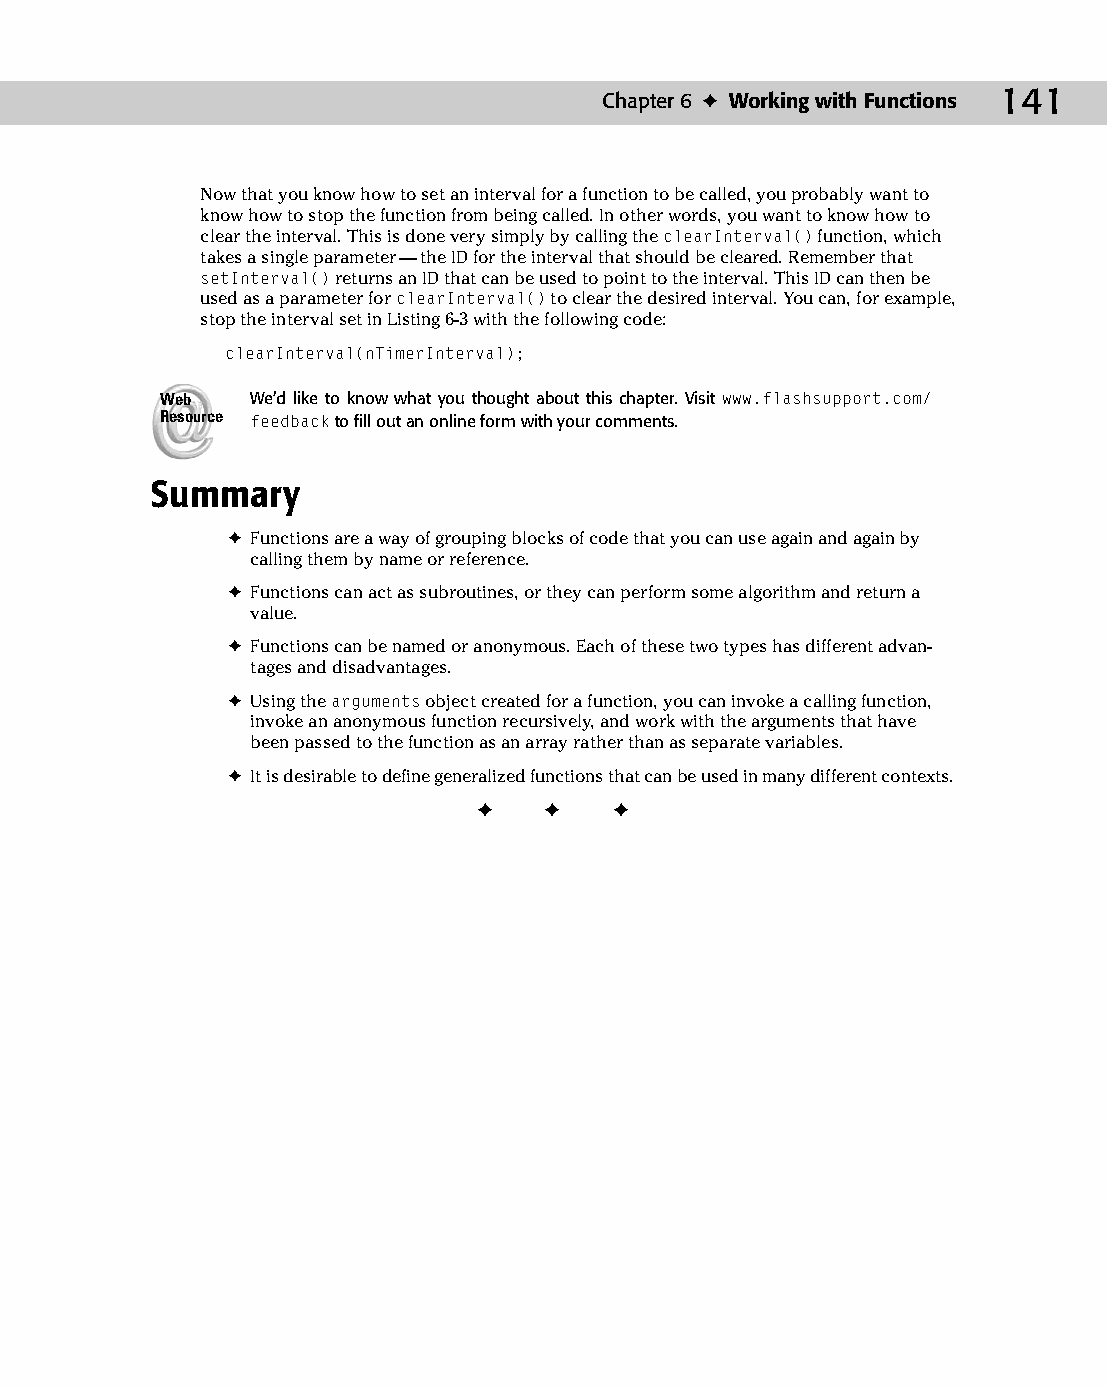
09 543547 ch06.qxd 3/24/04 3:50 PM Page 141
 Chapter 6 ✦ Working with Functions 141
 Now that you know how to set an interval for a function to be called, you probably want to
 know how to stop the function from being called. In other words, you want to know how to
 clear the interval. This is done very simply by calling the clearInterval() function, which
 takes a single parameter — the ID for the interval that should be cleared. Remember that
 setInterval() returns an ID that can be used to point to the interval. This ID can then be
 used as a parameter for clearInterval() to clear the desired interval. You can, for example,
 stop the interval set in Listing 6-3 with the following code:
 clearInterval(nTimerInterval);
 Web   We’d like to know what you thought about this chapter. Visit www.flashsupport.com/
 Resource feedback to fill out an online form with your comments.
 Summary
 ✦ Functions are a way of grouping blocks of code that you can use again and again by
 calling them by name or reference.
 ✦ Functions can act as subroutines, or they can perform some algorithm and return a
 value.
 ✦ Functions can be named or anonymous. Each of these two types has different advan­
 tages and disadvantages.
 ✦ Using the arguments object created for a function, you can invoke a calling function,
 invoke an anonymous function recursively, and work with the arguments that have
 been passed to the function as an array rather than as separate variables.
 ✦ It is desirable to define generalized functions that can be used in many different contexts.
 ✦  ✦  ✦